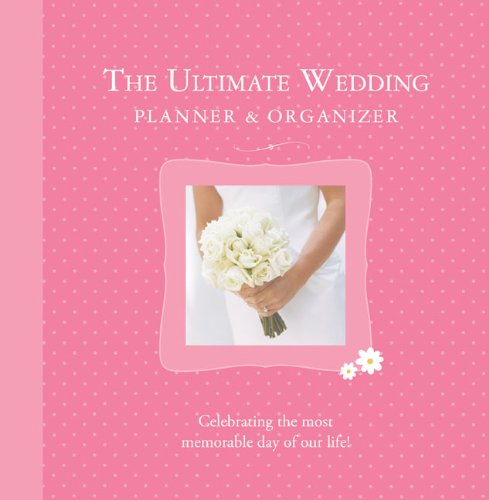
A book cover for The Ultimate Wedding Planner & Organizer; Alex A. Lluch; Crafts, Hobbies & Home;